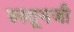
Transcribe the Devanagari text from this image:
रुस्तूमजी